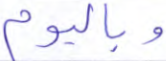
وباليوم